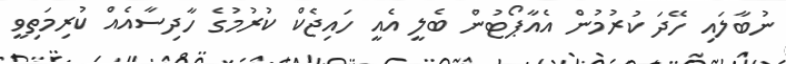
ނުބާލައި ހޭދަ ކުރުމުން އެއާޕޯޓުން ބެލީ އެއީ ހައިޖެކް ކުރުމުގެ ހާދިސާއެއް ކުރިމަތިވީ